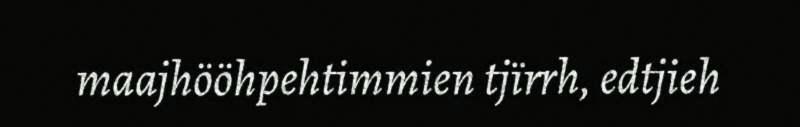
maajhööhpehtimmien tjïrrh, edtjieh